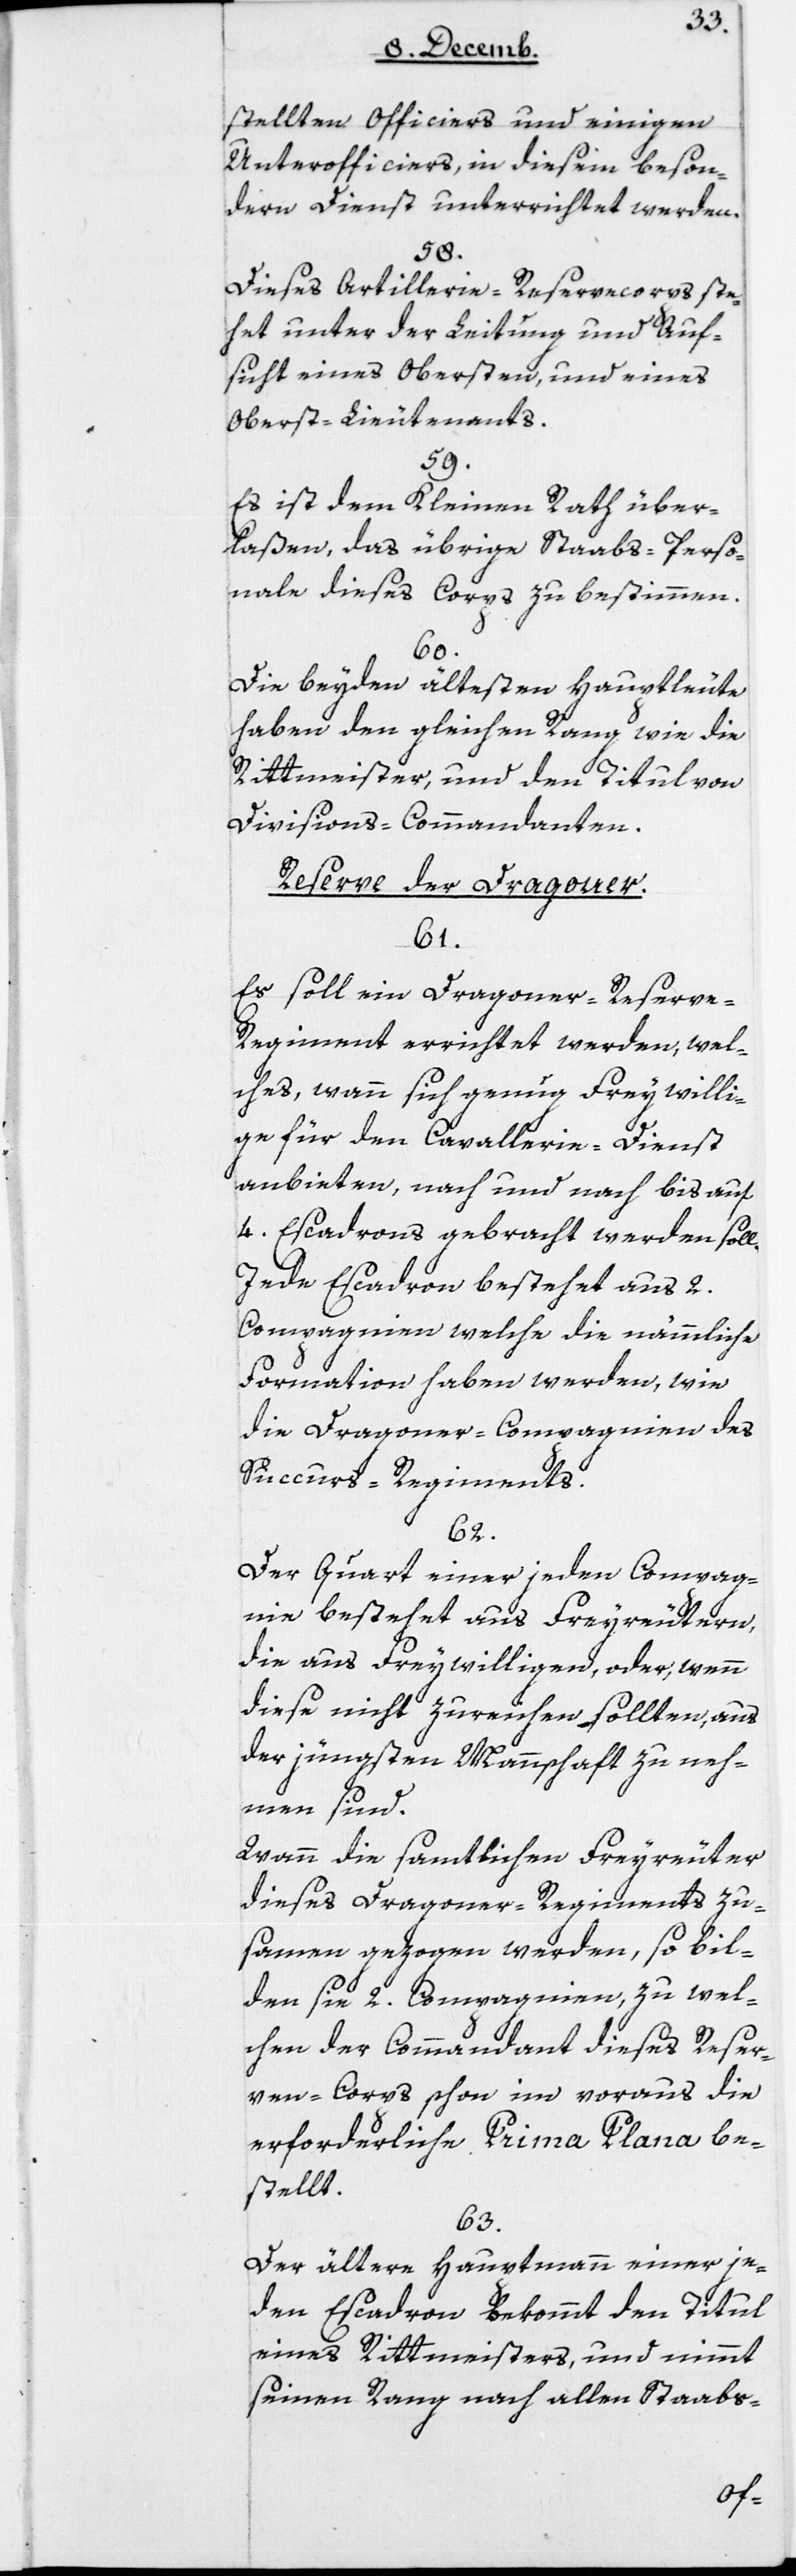
stellten Officiers und einigen
Unterofficiers, in diesem beson¬
dern Dienst unterrichtet werden.
58.
Dieses Artillerie-Reservecorps ste¬
het unter der Leitung und Auf¬
sicht eines Obersten und eines
Oberst-Lieutenants.
59.
Es ist dem Kleinen Rath über¬
laßen, das übrige Staabsperso¬
nale dieses Corps zu bestimmen.
60.
Die beyden ältesten Hauptleute
haben den gleichen Rang wie die
Rittmeister und den Titul von
Divisions-Commandanten.
Reserve der Dragoner.
61.
Es soll ein Dragoner-Reserv¬
e-Regiment errichtet werden, wel¬
ches, wann sich genug Freywilli¬
ge für den Cavallerie-Dienst
anbieten, nach und nach bis auf
4 Escadrons gebracht werden soll.
Jede Escadron bestehet aus 2
Compagnien, welche die nämmliche
Formation haben werden, wie
die Dragoner-Compagnien des
Succurs-Regiments.
62.
Der Quart einer jeden Compag¬
nie bestehet aus Freyreutern,
die aus Freywilligen oder, wenn
diese nicht zureichen sollten, aus
der jüngsten Mannschaft zu neh¬
men sind.
Wann die samtlichen Freyreuter
dieses Dragoner-Regiments zu¬
sammen gezogen werden, so bil¬
den sie 2 Compagnien, zu wel¬
chen der Commandant dieses Reser¬
vencorps schon im Voraus die
erforderliche Prima Plana be¬
stellt.
63.
Der ältere Hauptmann einer je¬
den Escadron bekommt den Titul
eines Rittmeisters, und nimmt
seinen Rang nach allen Staabs-